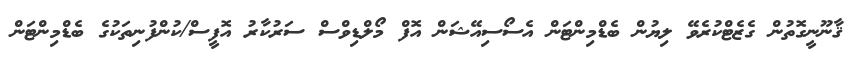
ޤާނޫނީގޮތުން ގެޒެޓްކުރެވޭ ލިޔުން ބެޑްމިންޓަން އެސޯސިއޭޝަން އޮފް މޯލްޑިވްސް ސަރުކާރު އޮފީސް/ކުންފުނިތަކުގެ ބެޑްމިންޓަން